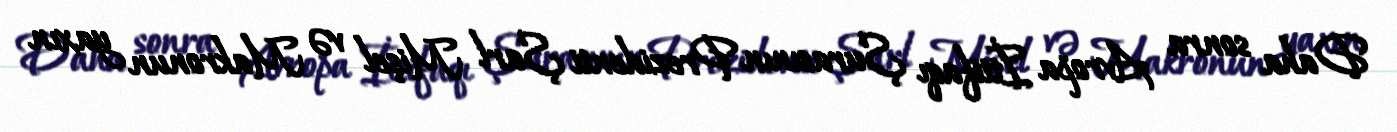
Daha sonra Avropa İttifaqı Şurasının Prezidenti Şarl Mişel və Makronun yaxın